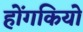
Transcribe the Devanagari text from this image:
होंगकियो